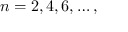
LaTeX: n = 2 , 4 , 6 , \dots ,